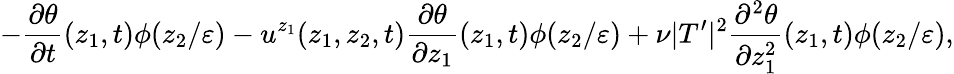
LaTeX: -\frac{\partial\theta}{\partial t}(z_{1},t)\phi(z_{2}/\varepsilon)-u^{z_{1}}(z_{1},z_{2},t)\frac{\partial\theta}{\partial z_{1}}(z_{1},t)\phi(z_{2}/\varepsilon)+\nu|T^{\prime}|^{2}\frac{\partial^{2}\theta}{\partial z_{1}^{2}}(z_{1},t)\phi(z_{2}/\varepsilon),